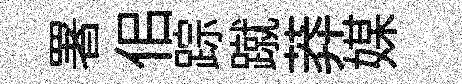
署佀踪蹴莽媒